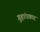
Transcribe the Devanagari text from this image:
गुहांधकार